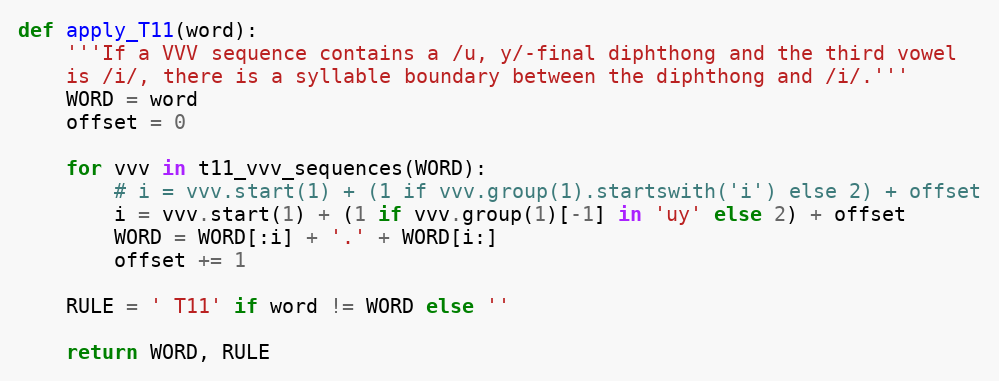
Language: Python
def apply_T11(word):
    '''If a VVV sequence contains a /u, y/-final diphthong and the third vowel
    is /i/, there is a syllable boundary between the diphthong and /i/.'''
    WORD = word
    offset = 0

    for vvv in t11_vvv_sequences(WORD):
        # i = vvv.start(1) + (1 if vvv.group(1).startswith('i') else 2) + offset
        i = vvv.start(1) + (1 if vvv.group(1)[-1] in 'uy' else 2) + offset
        WORD = WORD[:i] + '.' + WORD[i:]
        offset += 1

    RULE = ' T11' if word != WORD else ''

    return WORD, RULE